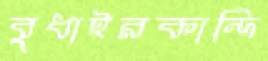
বুধাইরকান্দি